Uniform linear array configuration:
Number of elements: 12
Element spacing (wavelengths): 1
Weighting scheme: hann
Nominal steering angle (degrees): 45
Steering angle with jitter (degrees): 46.972
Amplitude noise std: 0.05
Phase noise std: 0.05

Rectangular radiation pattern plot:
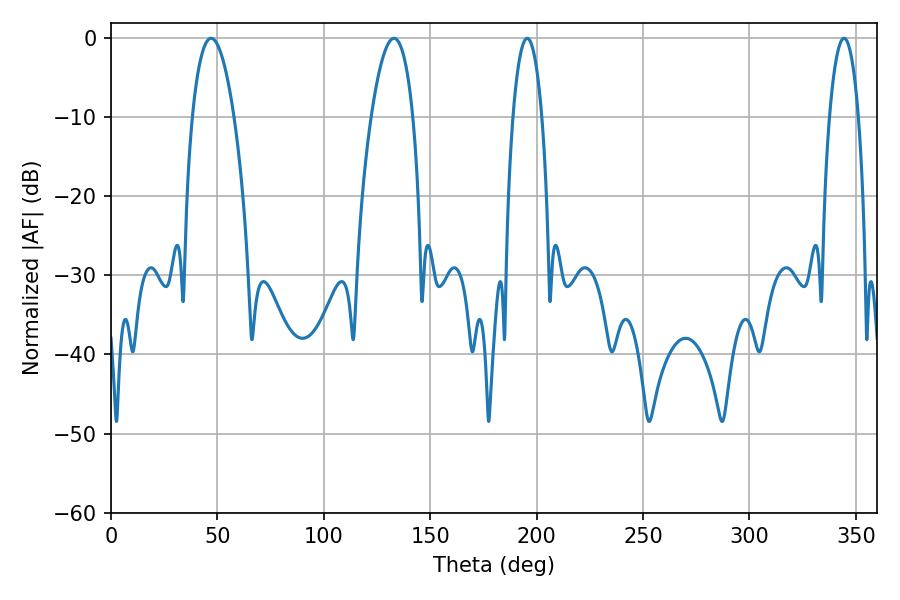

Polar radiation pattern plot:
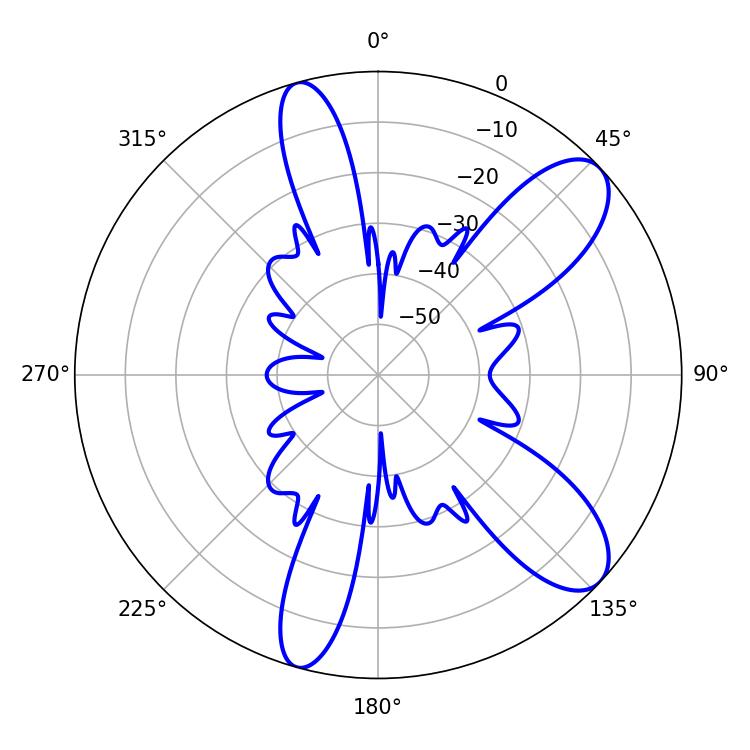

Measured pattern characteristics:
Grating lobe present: TRUE
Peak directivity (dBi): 9.539
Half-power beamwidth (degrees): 10.8
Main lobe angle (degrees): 46.98